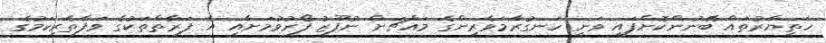
ހަތިޔާރުތައް ބޭނުންކޮށްފައި ވަނީ ހަނގުރާމަވެރިންގެ މައްޗަށް ނުފޫޒު ފޯރުވުމަށާއި އެ ފަރާތްތަކުގެ ވަފާތެރިކަމުގެ